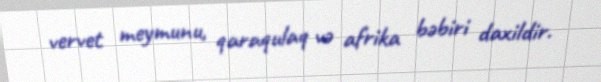
vervet meymunu, qaraqulaq və afrika bəbiri daxildir.